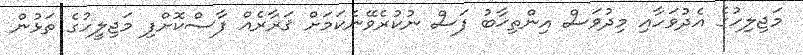
މަޖިލިހުގެ އެދުވަހާއި މިދުވަސް އިންތިޚާބު ފަސް ނުކުރެވޭނެކަމަށް ޤަރާރެއް ފާސްކޮށްފި މަޖިލީހުގެ ތަޅުން